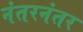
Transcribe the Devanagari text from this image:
नंतरनंतर